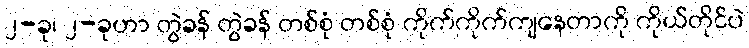
၂-ခု၊ ၂-ခုဟာ တွဲခန် တွဲခန် တစ်စုံ တစ်စုံ ကိုက်ကိုက်ကျနေတာကို ကိုယ်တိုင်ပဲ